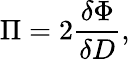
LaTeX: \Pi=2\frac{\delta\Phi}{\delta D},